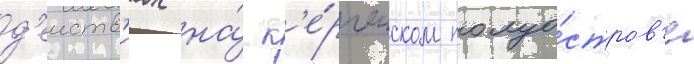
д'еиств'иах на́ к'е́рченском полуо́стров'е